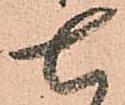
七